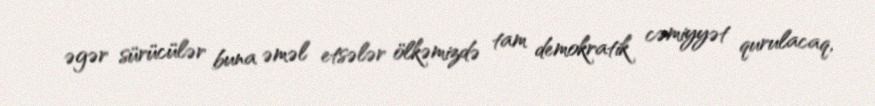
əgər sürücülər buna əməl etsələr ölkəmizdə tam demokratik cəmiyyət qurulacaq,